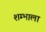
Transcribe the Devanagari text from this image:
शम्भाला